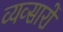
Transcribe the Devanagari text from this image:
व्यव्सारों